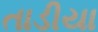
તાડીયા